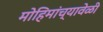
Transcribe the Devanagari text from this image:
मोहिमांच्यावेळी